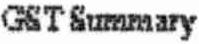
GST SUMMARY